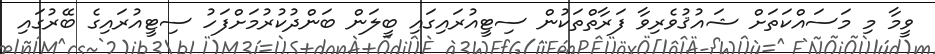
ވީމާ މި މަސައްކަތަށް ޝައުޤުވެރިވާ ފަރާތްތަކުން ސިޓީއުރައިގައި ބީލަން ބަންދުކުރުމަށްފަހު ސިޓީއުރައިގެ ބޭރުގައި